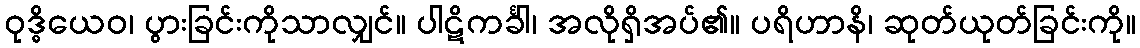
ဝုဒ္ဓိယေဝ၊ ပွားခြင်းကိုသာလျှင်။ ပါဋိကင်္ခါ၊ အလိုရှိအပ်၏။ ပရိဟာနိ၊ ဆုတ်ယုတ်ခြင်းကို။